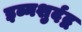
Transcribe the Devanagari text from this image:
इब्नशुर्दद्व